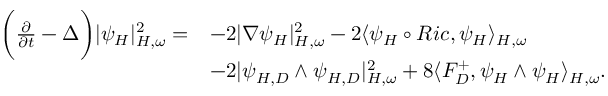
\begin{array} { r l } { \bigg ( \frac { \partial } { \partial t } - \Delta \bigg ) | \psi _ { H } | _ { H , \omega } ^ { 2 } = } & { - 2 | \nabla \psi _ { H } | _ { H , \omega } ^ { 2 } - 2 \langle \psi _ { H } \circ R i c , \psi _ { H } \rangle _ { H , \omega } } \\ & { - 2 | \psi _ { H , D } \wedge \psi _ { H , D } | _ { H , \omega } ^ { 2 } + 8 \langle F _ { D } ^ { + } , \psi _ { H } \wedge \psi _ { H } \rangle _ { H , \omega } . } \end{array}